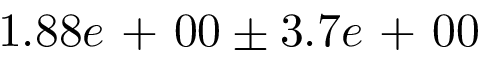
1 . 8 8 e \mathrm { ~ + ~ } 0 0 \pm 3 . 7 e \mathrm { ~ + ~ } 0 0